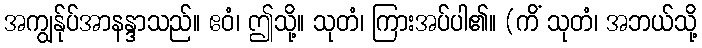
အကျွန်ုပ်အာနန္ဒာသည်။ ဧဝံ၊ ဤသို့။ သုတံ၊ ကြားအပ်ပါ၏။ (ကိံ သုတံ၊ အဘယ်သို့